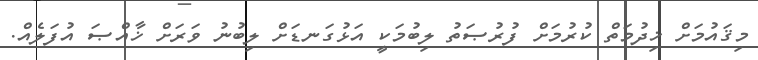
މިޤައުމަށް ޚިދުމަތް ކުރުމަށް ފުރުޞަތު ލިބުމަކީ އަޅުގަނޑަށް ލިބުނު ވަރަށް ޚާއްޞަ އުފަލެއް.